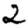
Digit: 2